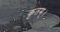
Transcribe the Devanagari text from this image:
कृतम्।